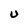
Character: U